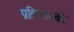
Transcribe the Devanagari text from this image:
प्रतिभासवद